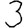
Digit: 3